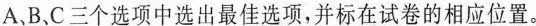
A、B、C三个选项中选出最佳选项,并标在试卷的相应位置。